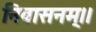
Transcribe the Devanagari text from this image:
निवासनम्।।